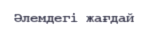
Әлемдегі жағдай